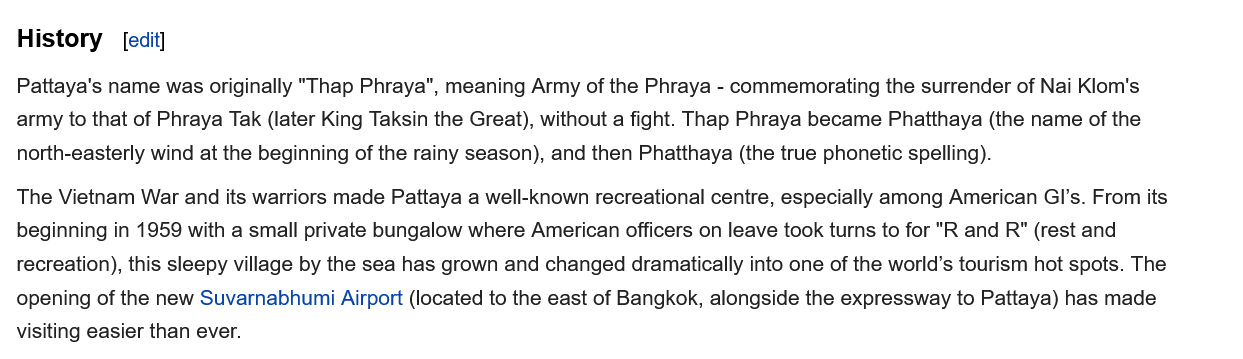
The Vietnam War and its warriors made Pattaya a well-known recreational centre, especially among American GI's. From its
  beginning in 1959 with a small private bungalow where American officers on leave took turns to for "R and R" (rest and
  recreation), this sleepy village by the sea has grown and changed dramatically into one of the world’s tourism hot spots. The
  opening of the new Suvarnabhumi Airport (located to the east of Bangkok, alongside the expressway to Pattaya) has made
  visiting easier than ever.
  History   [edit]
  Pattaya's name was originally "Thap Phraya", meaning Army of the Phraya - commemorating the surrender of Nai Klom's
  army to that of Phraya Tak (later King Taksin the Great), without a fight. Thap Phraya became Phatthaya (the name of the
  north-easterly wind at the beginning of the rainy season), and then Phatthaya (the true phonetic spelling).